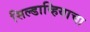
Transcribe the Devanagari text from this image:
सिल्डाव्हियाचा